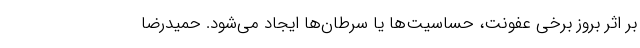
بر اثر بروز برخی عفونت، حساسیت‌ها یا سرطان‌ها ایجاد می‌شود. حمیدرضا